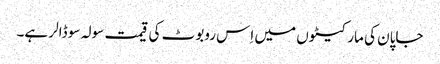
جاپان کی مارکیٹوں میں اِس روبوٹ کی قیمت سولہ سو ڈالر ہے۔